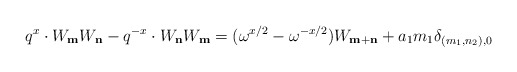
\begin{align*}q^x \cdot W_{\bf m} W_{\bf n} - q^{-x} \cdot W_{\bf n} W_{\bf m} = (\omega^{x/2} - \omega^{-x/2} ) W_{{\bf m}+{\bf n}} + a_1 m_1 \delta_{(m_1, n_2),0}\end{align*}